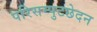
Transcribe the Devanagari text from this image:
परिसम्पुटछेदन